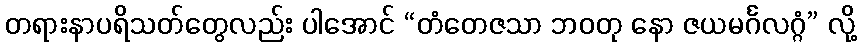
တရားနာပရိသတ်တွေလည်း ပါအောင် “တံတေဇသာ ဘဝတု နော ဇယမင်္ဂလဂ္ဂံ” လို့